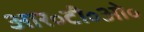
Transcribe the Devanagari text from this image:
आर॰टी॰ओ॰